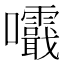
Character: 𡅺